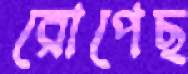
রোপেছ